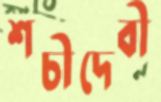
শচীদেবী